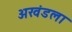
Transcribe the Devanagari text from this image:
अखंडला